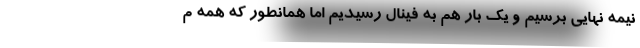
نیمه نهایی برسیم و یک بار هم به فینال رسیدیم اما همانطور که همه م